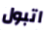
اتبول